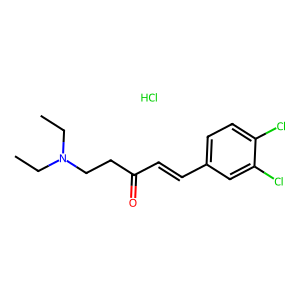
SMILES: CCN(CC)CCC(=O)C=Cc1ccc(Cl)c(Cl)c1.Cl
Inhibits HIV replication: No